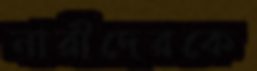
নারীদেরকে